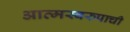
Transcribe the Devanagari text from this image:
आत्मस्वरुपाची